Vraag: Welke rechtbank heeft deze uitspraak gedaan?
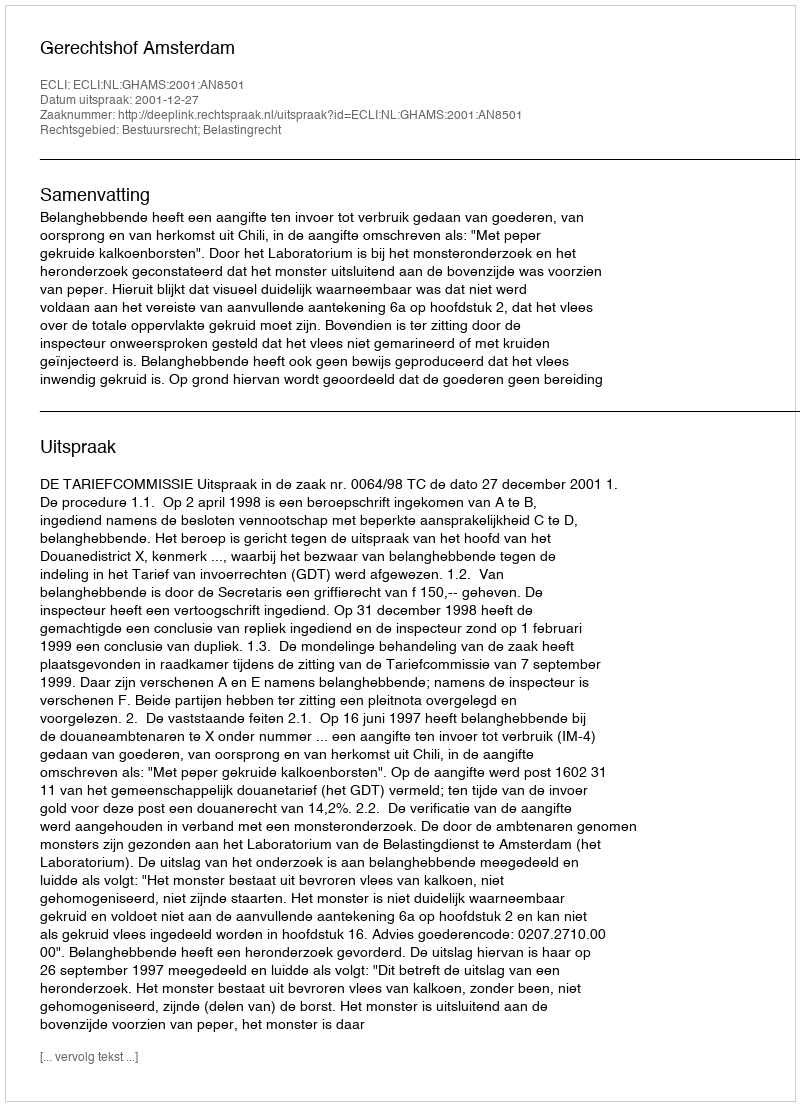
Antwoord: Gerechtshof Amsterdam